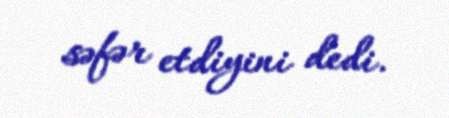
səfər etdiyini dedi.